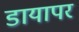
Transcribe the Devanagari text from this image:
डायापर